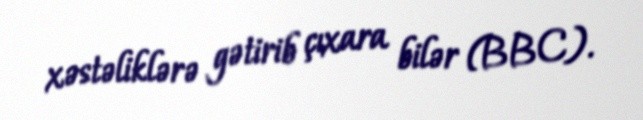
xəstəliklərə gətirib çıxara bilər (BBC).